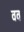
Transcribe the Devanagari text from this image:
वव